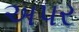
અપર